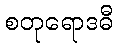
စတုရောဒဓီ